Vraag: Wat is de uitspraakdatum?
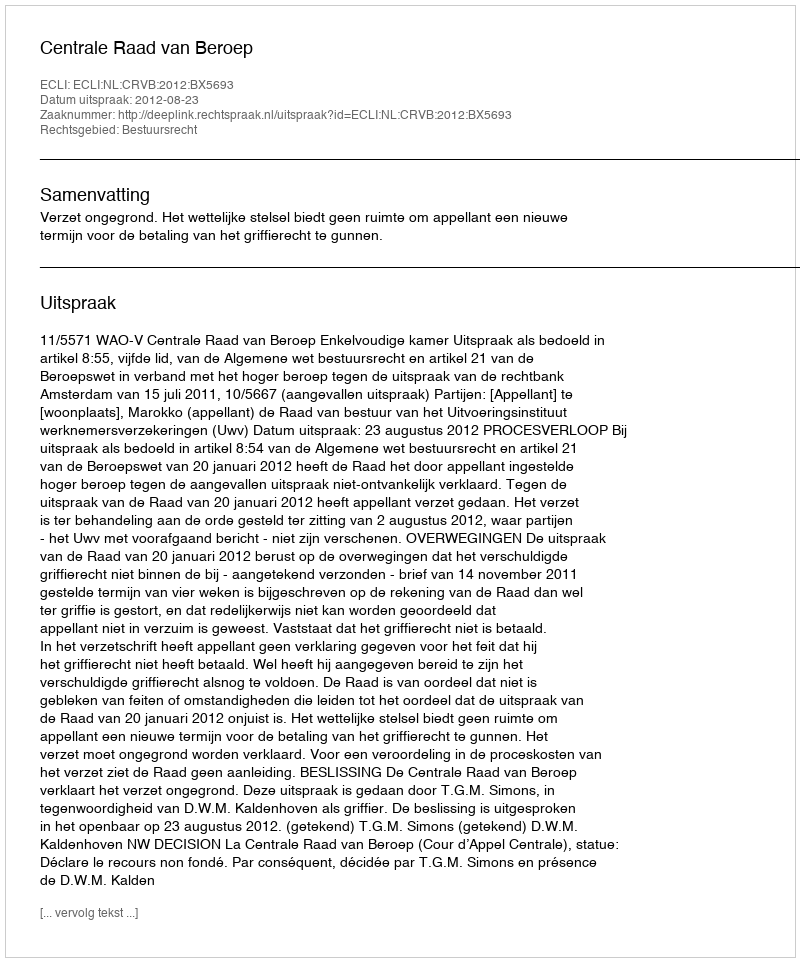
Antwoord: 2012-08-23